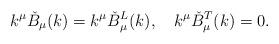
LaTeX: \begin{align*}k^{\mu}\check{B}_{\mu}(k)=k^{\mu}\check{B}_{\mu}^L(k), \quad k^{\mu}\check{B}_{\mu}^T(k)=0.\end{align*}